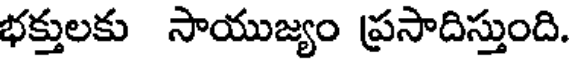
భక్తులకు సాయుజ్యం ప్రసాదిస్తుంది.